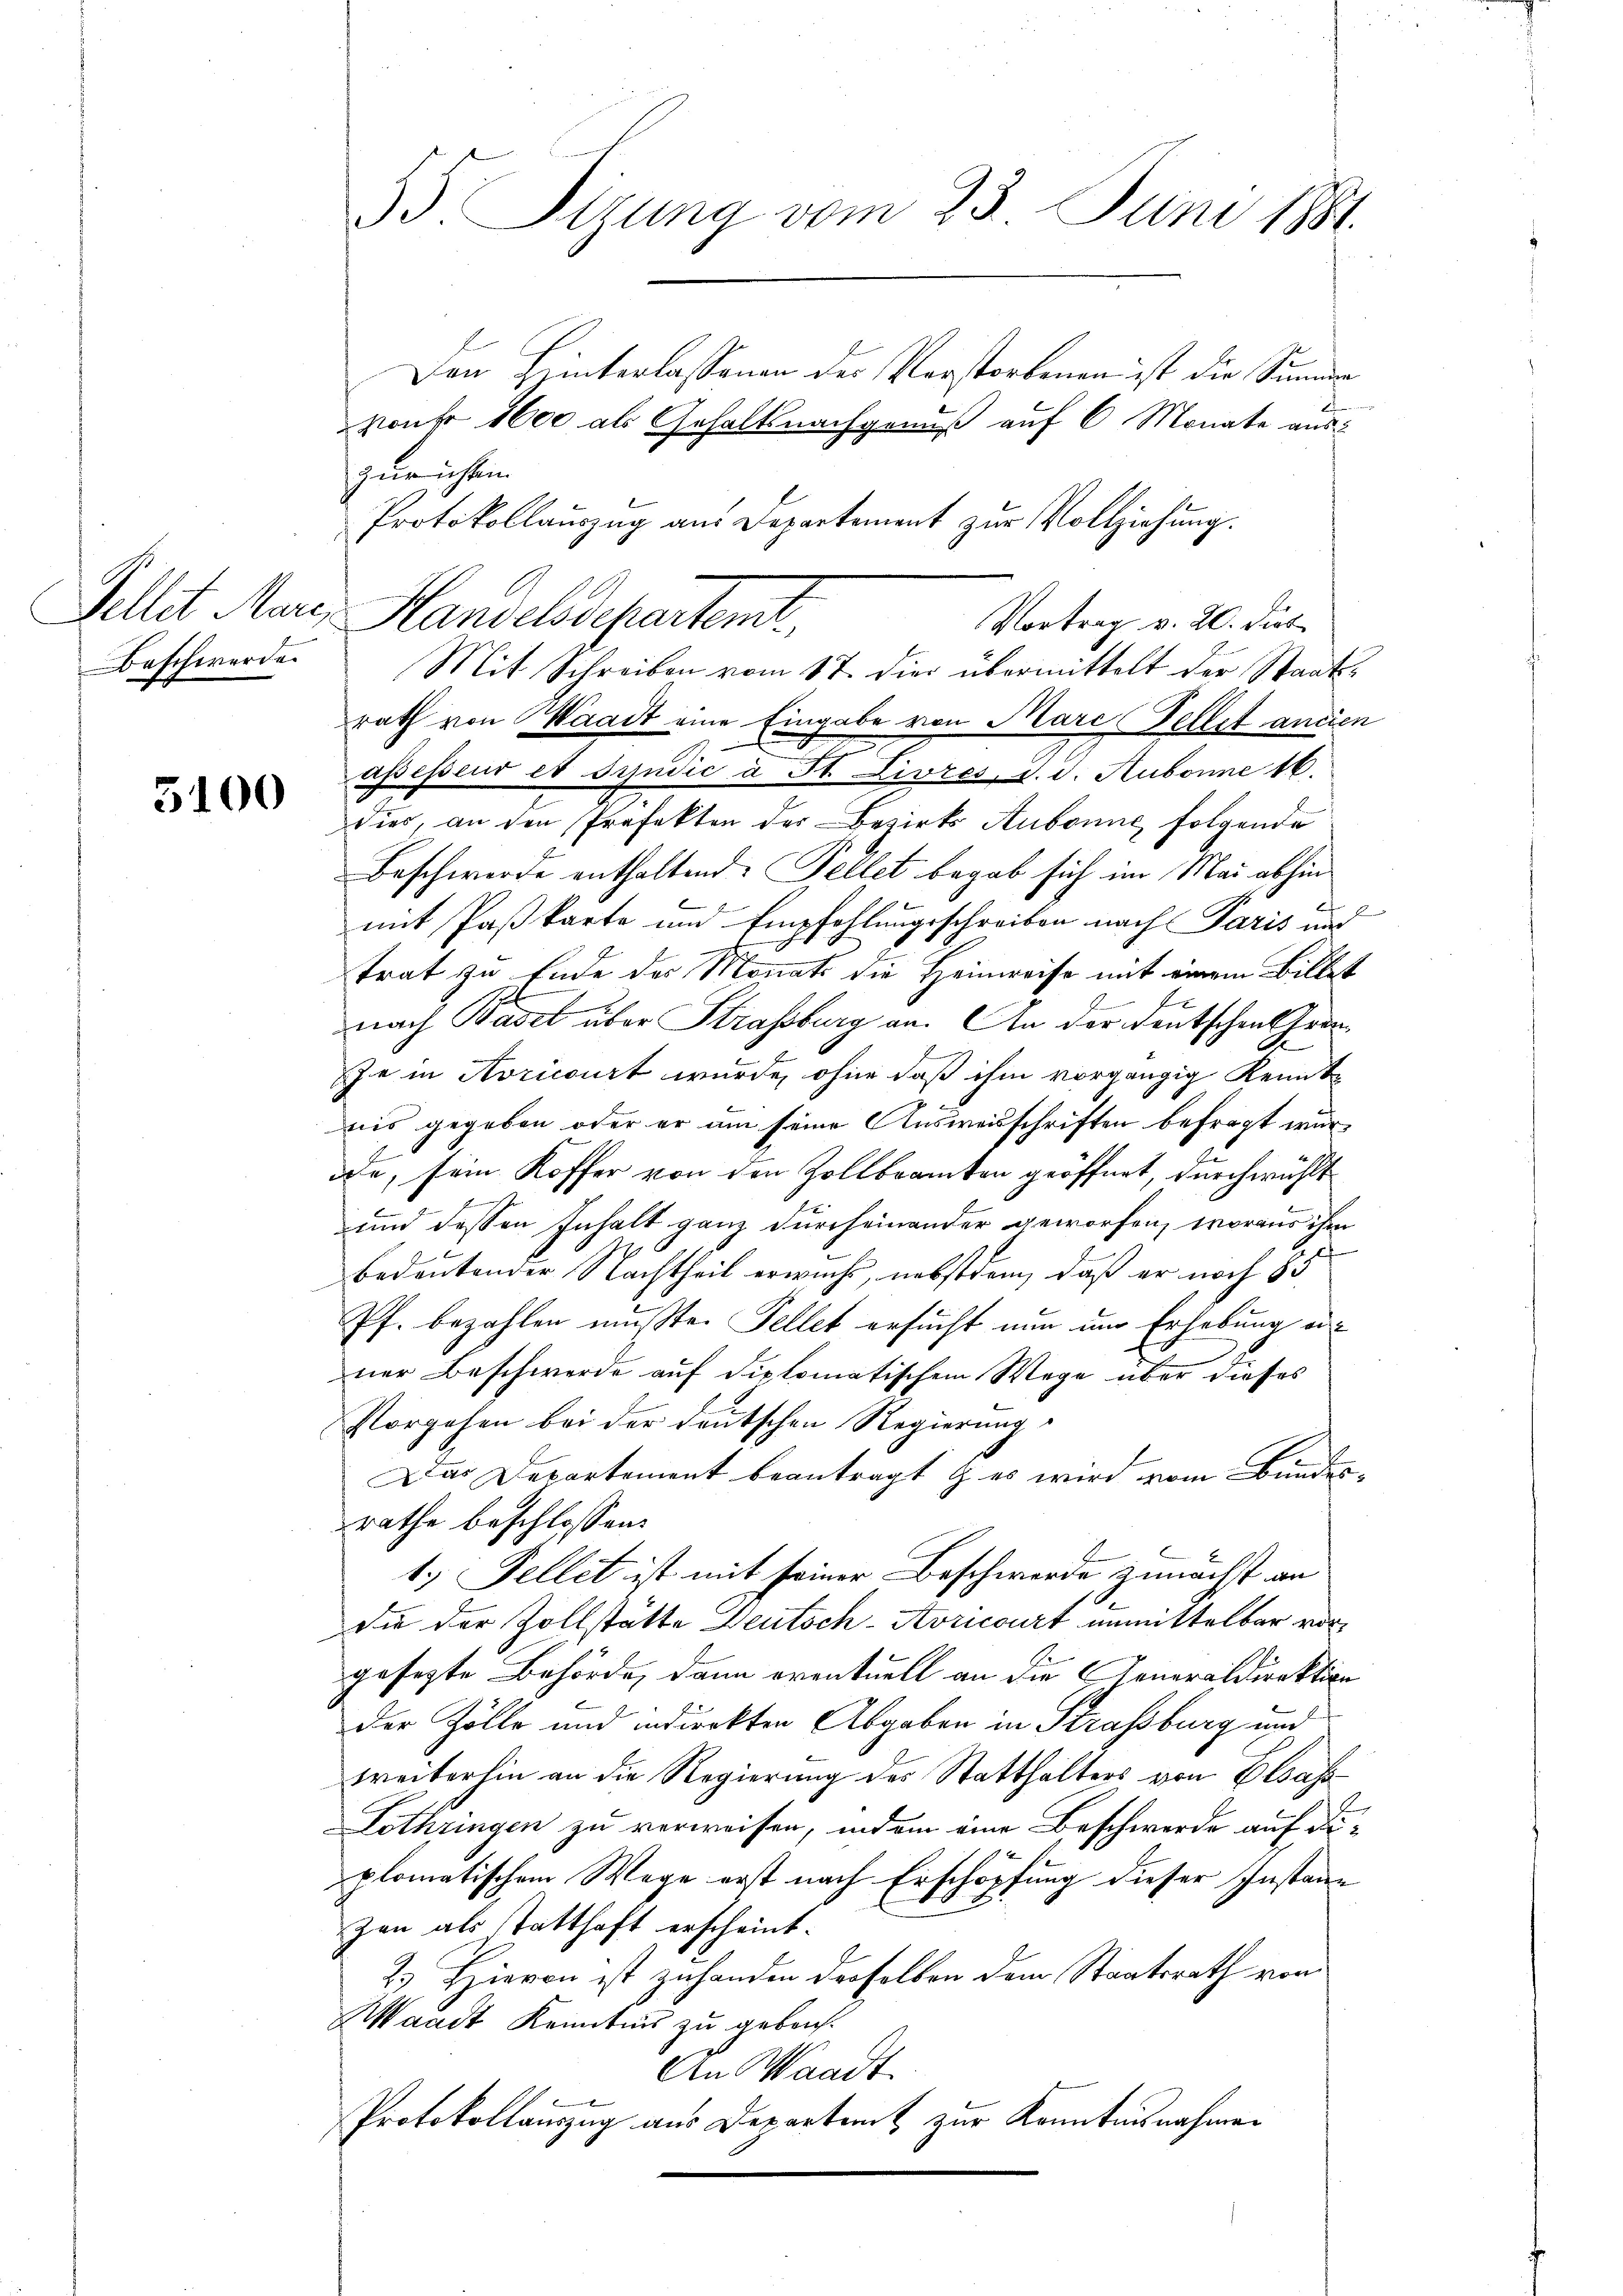
Beschwerde.

5100

Den Hinterlassenen der Verstorbenen ist die Summer
von 1600 als Gehaltsnachgenuß auf 6 Monate aus
zurichten
Protokollauszug aus Departement zur Vollziehung.
rath von Waadt eine Eingabe von Marc Fellet ancien
assessend et Syndić a St. Livres, d. d. Aubonne 16.
dies, an den Professon der Bezirk Aubonne, folgende
Beschwerde enthaltend. Fellet begab sich im Mai abhin
mit Paßkarte und Empfehlungsschreiben nach Paris und
trat zu Ende des Monats die Heimreise mit einem Billet
nach Basel über Strassburg an. An der Deutschen Chron
Je in Noricourt wurde, ohne daß ihm vorgängig Kennt-
nis gegeben oder er am seine Ausweisschriften befragt wurode, sein Koffer von den Zollbeamten geöffnet, durch wählt
x
und dessen Inhalt ganz durcheinander geworfen, woraus ihm
f
bedeutender Nachtheil erwachs, nebstdem, daß er noch 35
Pf. bezahlen mußte. Fellet ersucht nun um Erhebung einer Beschwerde auf diplomatischem Wege über dieses
Vorgehen bei der deutschen Regierung
Das Departement beantragt & es wird vom Bundes-
rathe beschlossen:
1) Fellet ist mit seiner Beschwerde zunächst an
die der Zollstätte Deutsch-Avricourt unmittelbar vorgesezte Behörde, dann eventuell an die Generaldirektion
der Zölle und indirekten Abgaben in Straßburg und
weiterhin an die Regierung des Statthalters von Elsass
Lothringen zu verweisen, indem eine Beschwerde auf diplomatischem Wege erst nach Erschöpfung dieser Instanz
zen als statthaft erscheint.
2.) Hievon ist zuhanden derselben dem Staatsrath von
Waadt Kenntnis zu gebrach¬
An Waadt.
Protokollanzug aus Departamt zur Kenntnisnahmen

55. Sizung vom 23. Juni 1884.

Pellit Marc Handelsdepartent

Vortrag v. 20. Dieb
Mit Schreiben vom 17. die übermittelt der Staats¬